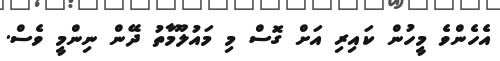
އެހެންވެ މީހުން ކައިރި އަށް ގޮސް މި މައުލޫމާތު ދޭން ނިންމީ ވެސް.